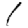
Digit: 1